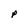
Character: P